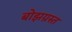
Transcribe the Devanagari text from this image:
बोझग्रस्त